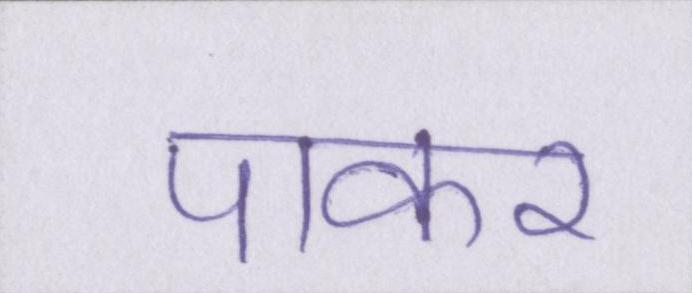
पाकर